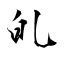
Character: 癿